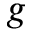
g